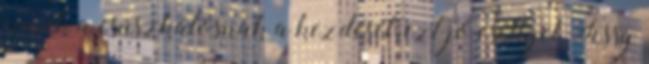
ennek a csúszkálósnak a kezdését, ezt jó eséllyel Fessy